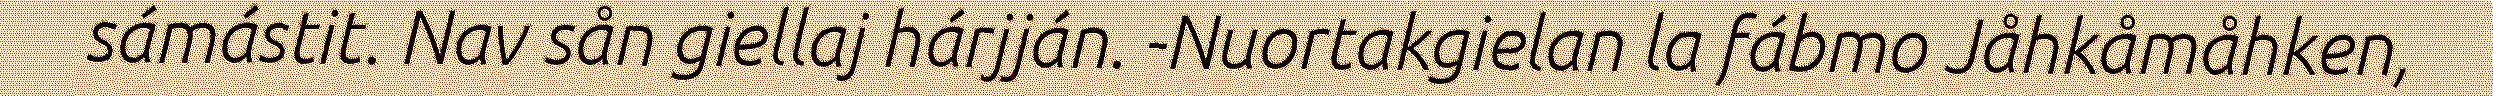
sámástit. Nav sån giellaj hárjján. -Nuortakgielan la fábmo Jåhkåmåhken,